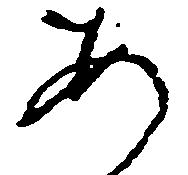
あ